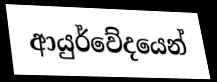
ආයුර්වේදයෙන්